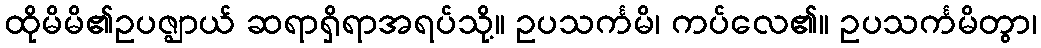
ထိုမိမိ၏ဥပဇ္ဈာယ် ဆရာရှိရာအရပ်သို့။ ဥပသင်္ကမိ၊ ကပ်လေ၏။ ဥပသင်္ကမိတွာ၊